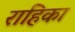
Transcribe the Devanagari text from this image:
राहिका